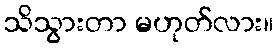
သိသွားတာ မဟုတ်လား။